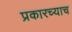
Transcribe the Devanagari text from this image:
प्रकारच्याच